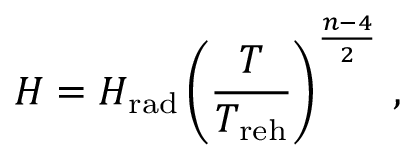
H = H _ { \mathrm { r a d } } \left( \frac { T } { T _ { \mathrm { r e h } } } \right) ^ { \frac { n - 4 } { 2 } } \, ,